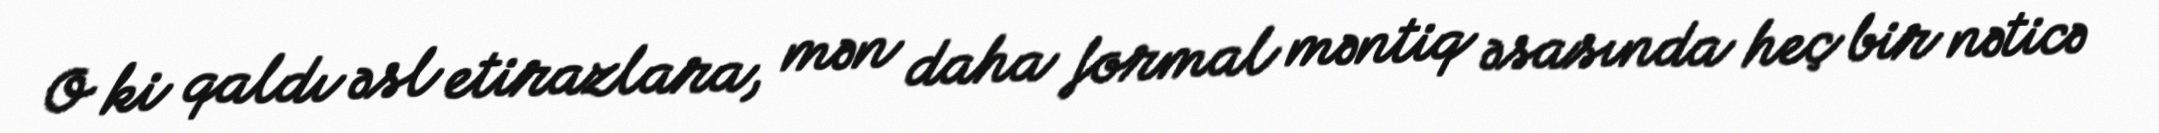
O ki qaldı əsl etirazlara, mən daha formal məntiq əsasında heç bir nəticə